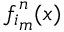
{ f _ { i } } _ { m } ^ { n } ( x )